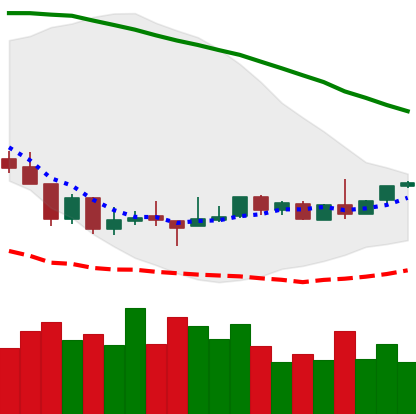
Ticker: BTC-USD
Chart end date: 2018-08-25
Forward return: 3.18%
Label: up_3_5